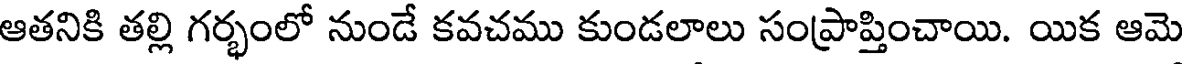
ఆతనికి తల్లి గర్భంలో నుండే కవచము కుండలాలు సంప్రాప్తించాయి. యిక ఆమె